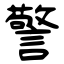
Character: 警